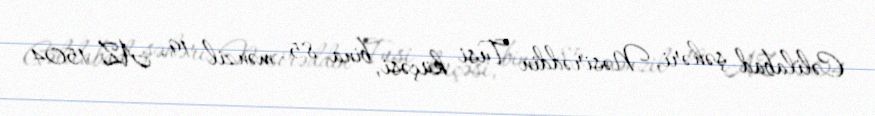
Cəlilabad şəhəri, Nəsirəddin Tusi küçəsi, bina 85, mənzil 19, AZ 1504